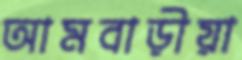
আমবাড়ীয়া